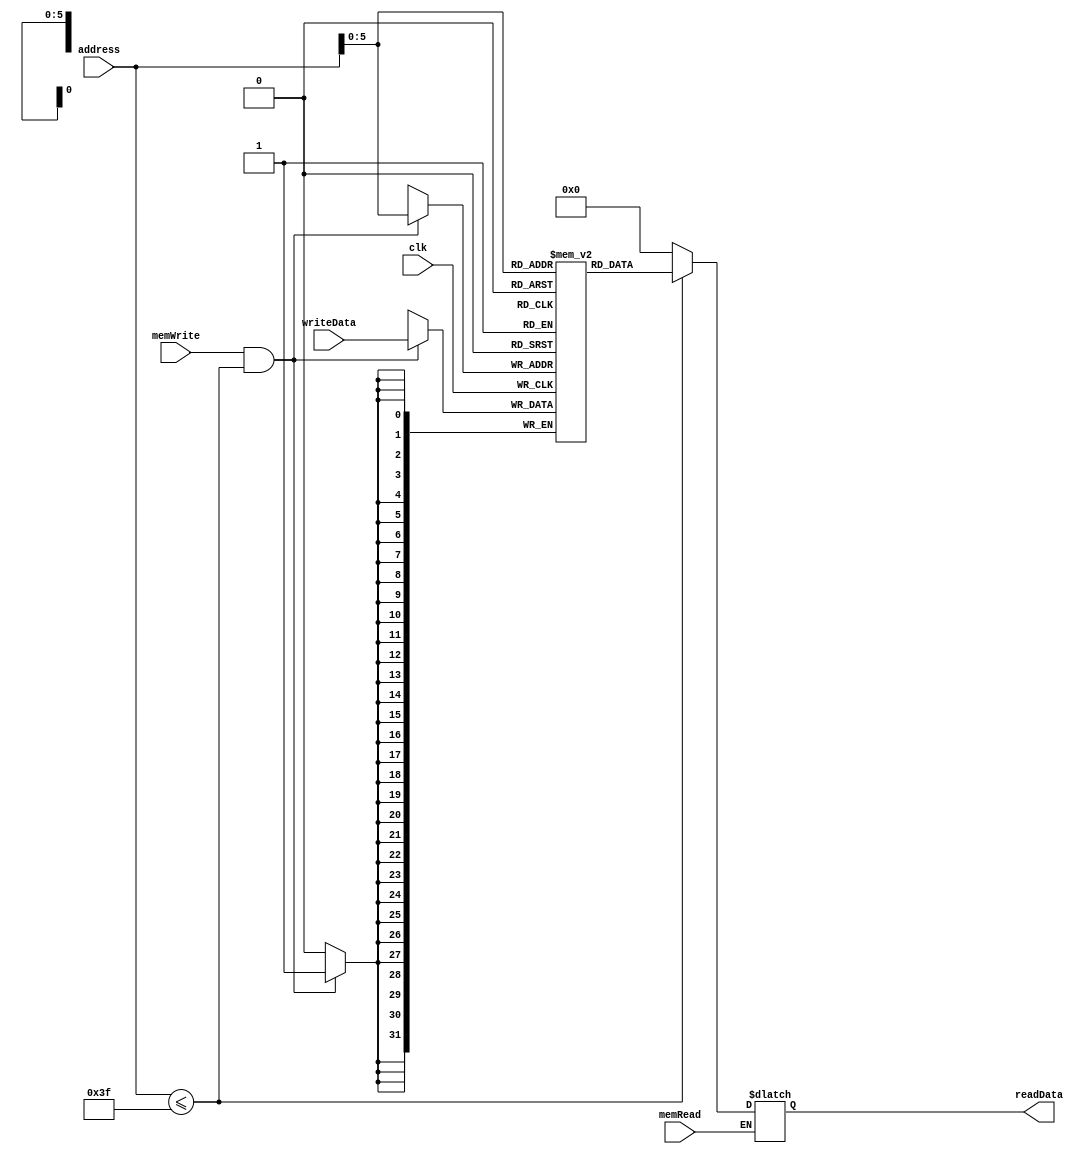
`timescale 1ns / 1ps
//////////////////////////////////////////////////////////////////////////////////
// Company: 
// Engineer: 
// 
// Design Name: 
// Module Name: dataMemory
// Project Name: 
// Target Devices: 
// Tool Versions: 
// Description: 
// 
// Dependencies: 
// 
// Revision:
// Revision 0.01 - File Created
// Additional Comments:
// 
//////////////////////////////////////////////////////////////////////////////////


module dataMemory(
    input clk,
    input [31:0] address,
    input [31:0] writeData,
    input memWrite,
    input memRead,
    output reg [31:0] readData
    );
    reg [31:0] memFile [0:63];
    always @ (memRead or address)
    begin
        if(memRead)
        begin
            if(address<=63)
                readData=memFile[address];
            else
                readData=0;
        end
    end
    always @ (negedge clk)
    begin
        if(memWrite&&address<=63)
            memFile[address]=writeData;
    end    
endmodule